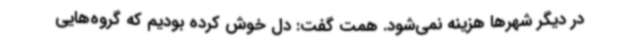
در دیگر شهرها هزینه نمی‌شود. همت گفت: دل خوش کرده بودیم که گروه‌هایی